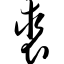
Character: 裘